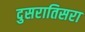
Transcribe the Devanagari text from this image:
दुसरातिसरा